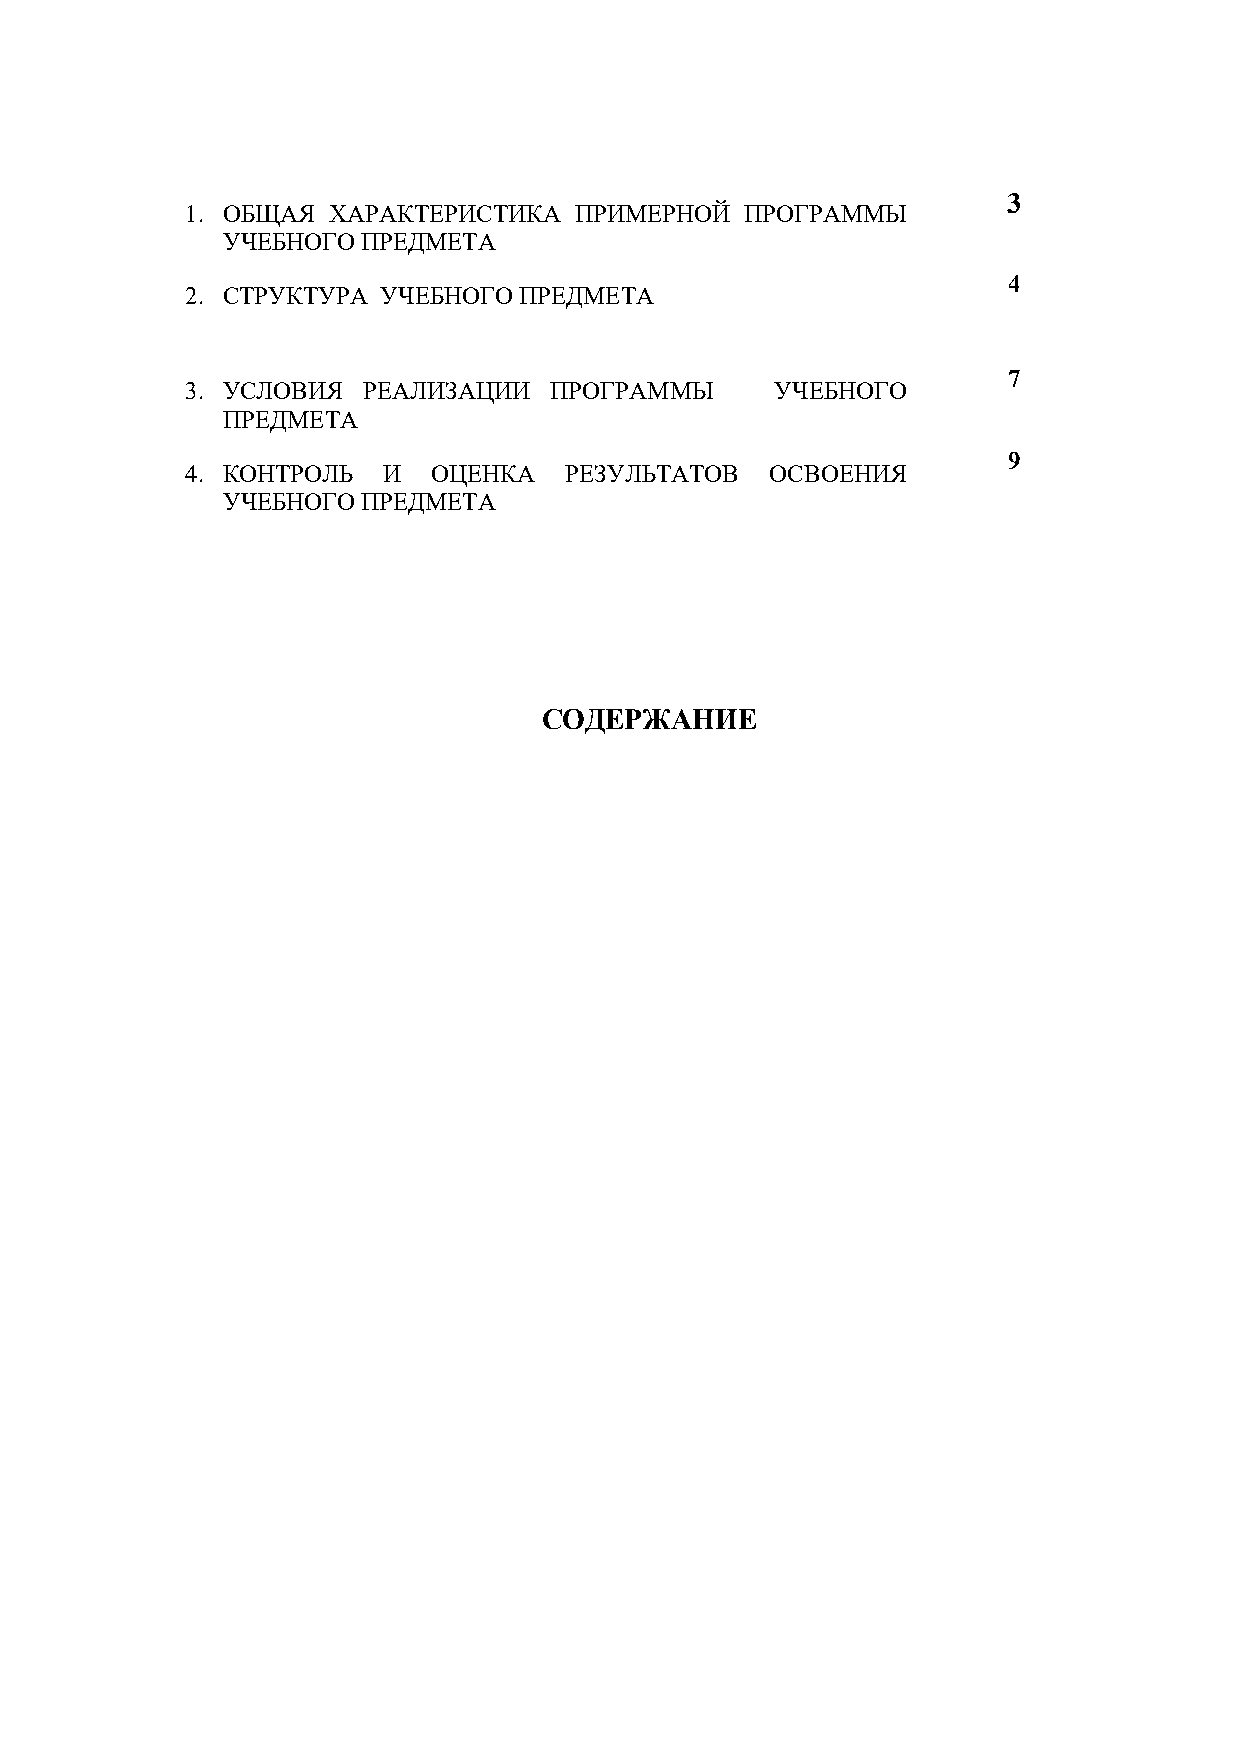
1. ОБЩАЯ  ХАРАКТЕРИСТИКА  ПРИМЕРНОЙ  ПРОГРАММЫ
 3
 УЧЕБНОГО ПРЕДМЕТА
 4
 2. СТРУКТУРА УЧЕБНОГО ПРЕДМЕТА
 7
 3. УСЛОВИЯ  РЕАЛИЗАЦИИ  ПРОГРАММЫ      УЧЕБНОГО
 ПРЕДМЕТА
 9
 4. КОНТРОЛЬ  И   ОЦЕНКА  РЕЗУЛЬТАТОВ   ОСВОЕНИЯ
 УЧЕБНОГО ПРЕДМЕТА
 СОДЕРЖАНИЕ